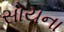
સોયના